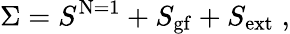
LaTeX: \Sigma=S^{\mathrm{N=1}}+S_{\mathrm{gf}}+S_{\mathrm{ext}}\; ,